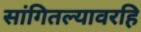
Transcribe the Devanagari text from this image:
सांगितल्यावरहि